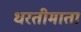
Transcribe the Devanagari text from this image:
धरतीमाता